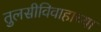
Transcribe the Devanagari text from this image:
तुलसीविवाहाच्या